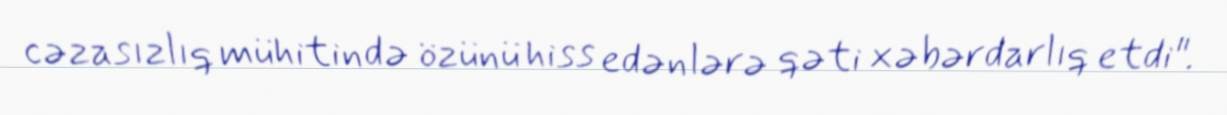
cəzasızlıq mühitində özünü hiss edənlərə qəti xəbərdarlıq etdi".